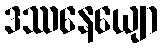
ဒဿနေယျော